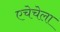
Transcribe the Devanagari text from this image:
एचेचेला